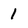
Character: 1